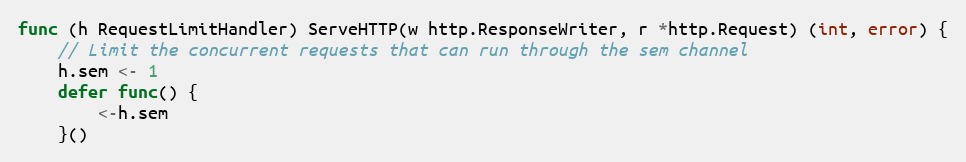
Language: Go
func (h RequestLimitHandler) ServeHTTP(w http.ResponseWriter, r *http.Request) (int, error) {
	// Limit the concurrent requests that can run through the sem channel
	h.sem <- 1
	defer func() {
		<-h.sem
	}()